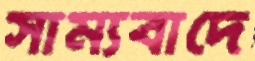
সাম্যবাদে